Leaving Certificate Examination (including Day School Certificate (Higher) General paper), 1931
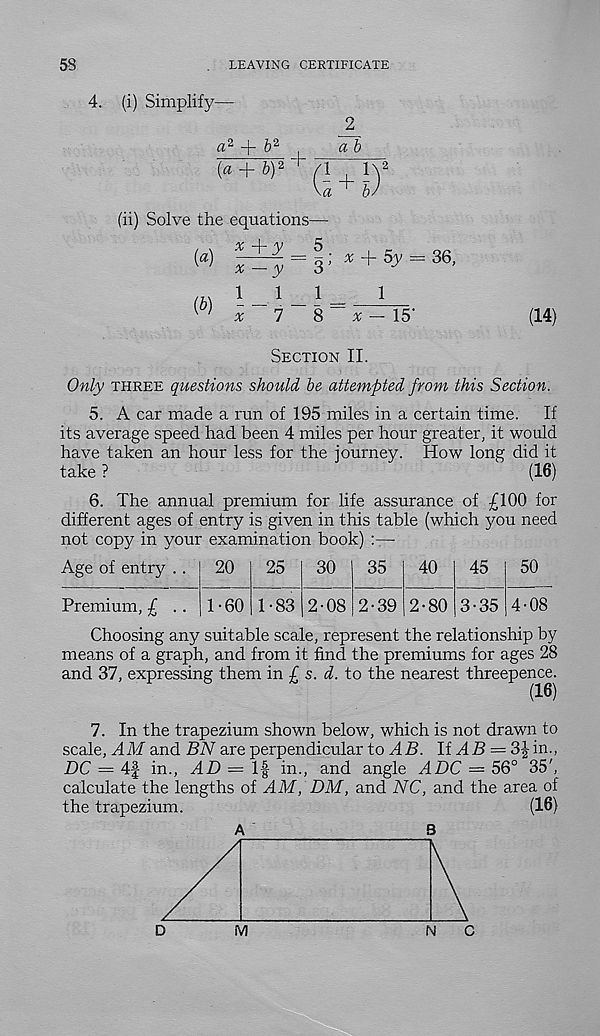
58
LEAVING CERTIFICATE
4. (i) Simplify—
a 2 + 6 2
ab
{a + b) 2 +2
(ii) Solve the equations—
^ = |; x + 5, = 36,
x — y
3
^
111
1
a;
7
8 — a: — 15'
(14)
Section II.
Only three questions should be attempted from this Section.
5. A car made a run of 195 miles in a certain time.
If
its average speed had been 4 miles per hour greater, it would
have taken an hour less for the journey. How long did it
take ?
(16)
[a)
(b)
2^
a b
6. The annual premium for life assurance of £100 for
different ages of entry is given in this table (which you need
not copy in your examination book)
Age of entry
20
25
30
35
40
45
50
Premium, £
1-60 1-83 2-08 2-39 2-80 3-35 4-08
Choosing any suitable scale, represent the relationship by
means of a graph, and from it find the premiums for ages 28
and 37, expressing them in £ s. d. to the nearest threepence.
(16)
7. In the trapezium shown below, which is not drawn to
scale, AM and BN are perpendicular to AB. It AB = 2>\ in.,
DC — 4f- in., AD = If in., and angle ADC — 56° 35',
calculate the lengths of AM, DM, and NC, and the area of
the trapezium.
(16)
A
B